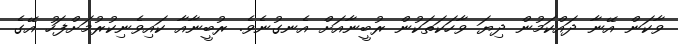
ވާކަން އޭނާ ދައްކަމުން ދިޔަ ވާހަކަތަކުން ރުބީނާއަށް އެނގުނެވެ. ރުބީނާއާ ކައިވެނިކުރުމަށްފަހު އޭގެ